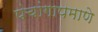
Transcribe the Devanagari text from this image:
पंचांगापमाणे